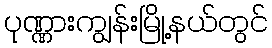
ပုဏ္ဏားကျွန်းမြို့နယ်တွင်